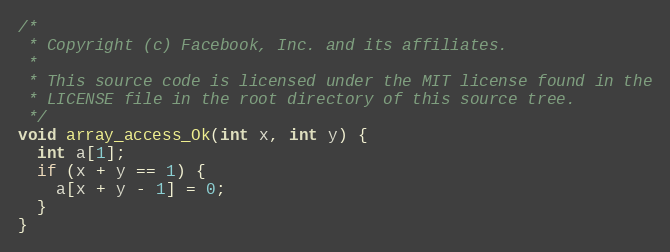
Language: C
/*
 * Copyright (c) Facebook, Inc. and its affiliates.
 *
 * This source code is licensed under the MIT license found in the
 * LICENSE file in the root directory of this source tree.
 */
void array_access_Ok(int x, int y) {
  int a[1];
  if (x + y == 1) {
    a[x + y - 1] = 0;
  }
}